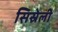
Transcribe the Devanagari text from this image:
सिस्रेली